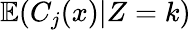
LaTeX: \mathbb{E}(C_{j}(x)|Z=k)